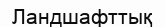
Ландшафттық